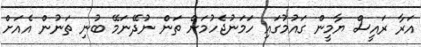
އަރާ ރައީސް ޔާމީން ގައުމުގައި ހަމަނުޖެހުމަށް ތަން ނުދޭނަމޭ ބުނި ތަނުން އެއަށް